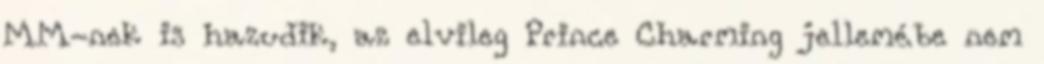
MM-nek is hazudik, az elvileg Prince Charming jellemébe nem